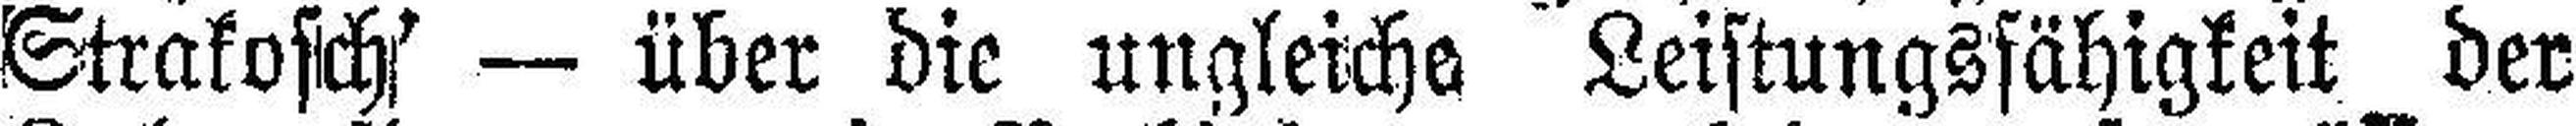
Strakosch### — über die ungleiche Leistungsfähigkeit der